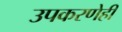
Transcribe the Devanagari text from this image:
उपकरणेही